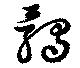
髑